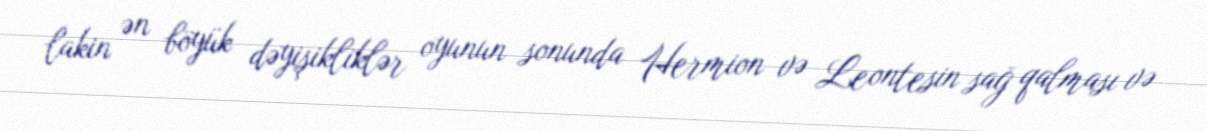
lakin ən böyük dəyişikliklər oyunun sonunda Hermion və Leontesin sağ qalması və